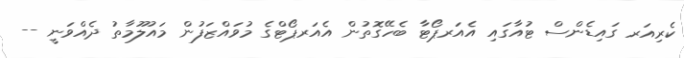
ކެރިއަރ ގައިޑެންސް ޓުއާގައި އެއަރޕޯޓާ ބެހޭގޮތުން އެއަރޕޯޓްގެ މުވައްޒަފުން މައުލޫމާތު ދެއްވަނީ --